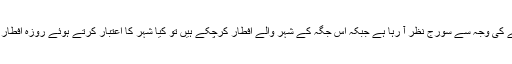
جہاز پر ہونے کی وجہ سے سورج نظر آ رہا ہے جبکہ اس جگہ کے شہر والے افطار کرچکے ہیں تو کیا شہر کا اعتبار کرتے ہوئے روزہ افطار کرسکتا ہے؟